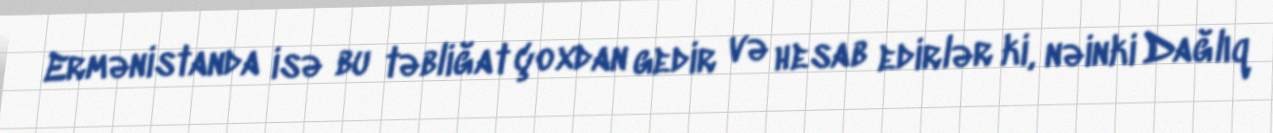
Ermənistanda isə bu təbliğat çoxdan gedir və hesab edirlər ki, nəinki Dağlıq